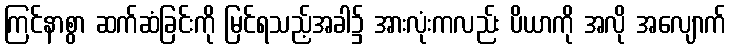
ကြင်နာစွာ ဆက်ဆံခြင်းကို မြင်ရသည့်အခါ၌ အားလုံးကလည်း ပိယာကို အလို အလျောက်